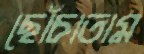
ছোঁচাতাম